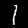
Label: 1